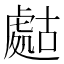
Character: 𧇡